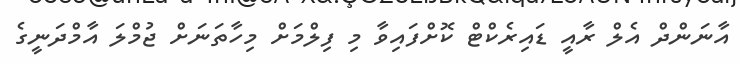
އާނަންދް އެލް ރާއީ ޑައިރެކްޓް ކޮށްފައިވާ މި ފިލްމަށް މިހާތަނަށް ޖުމްލަ އާމްދަނީގެ